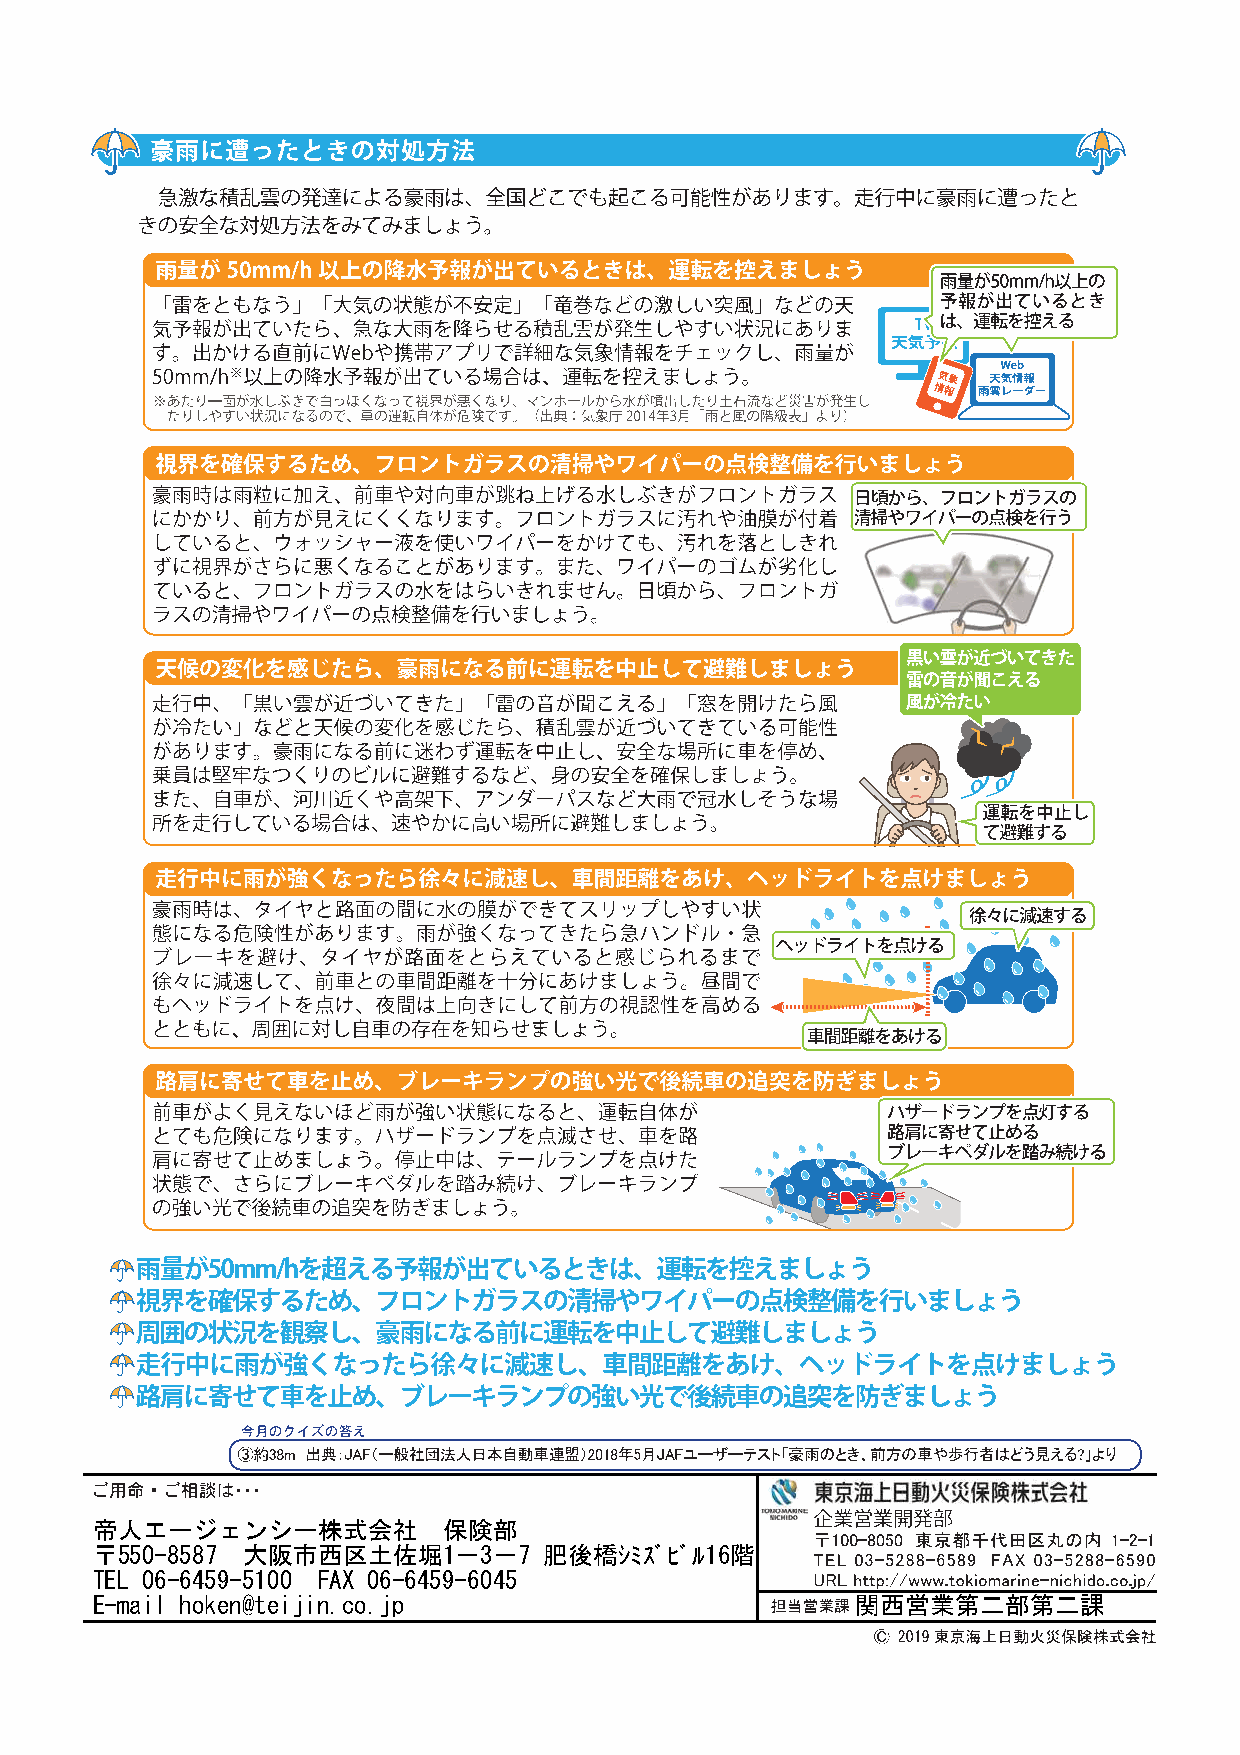
帝人エージェンシー株式会社          保険部
 〒550-8587 大阪市西区土佐堀1－3－7       肥後橋ｼﾐｽﾞﾋﾞﾙ16階
 TEL 06-6459-5100 FAX 06-6459-6045
 E-mail hoken@teijin.co.jp                          関西営業第二部第二課